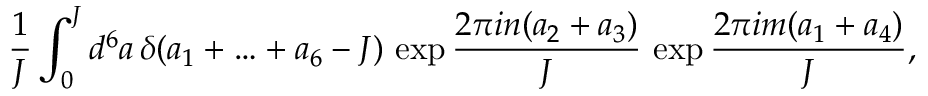
\frac { 1 } { J } \int _ { 0 } ^ { J } d ^ { 6 } a \, \delta ( a _ { 1 } + \ldots + a _ { 6 } - J ) \, \exp \frac { 2 \pi i n ( a _ { 2 } + a _ { 3 } ) } { J } \, \exp \frac { 2 \pi i m ( a _ { 1 } + a _ { 4 } ) } { J } ,